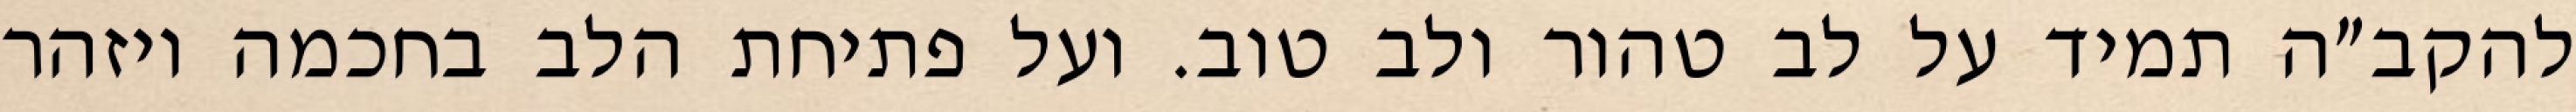
להקב״ה תמיד על לב טהור ולב טוב. ועל פתיחת הלב בחכמה ויזהר